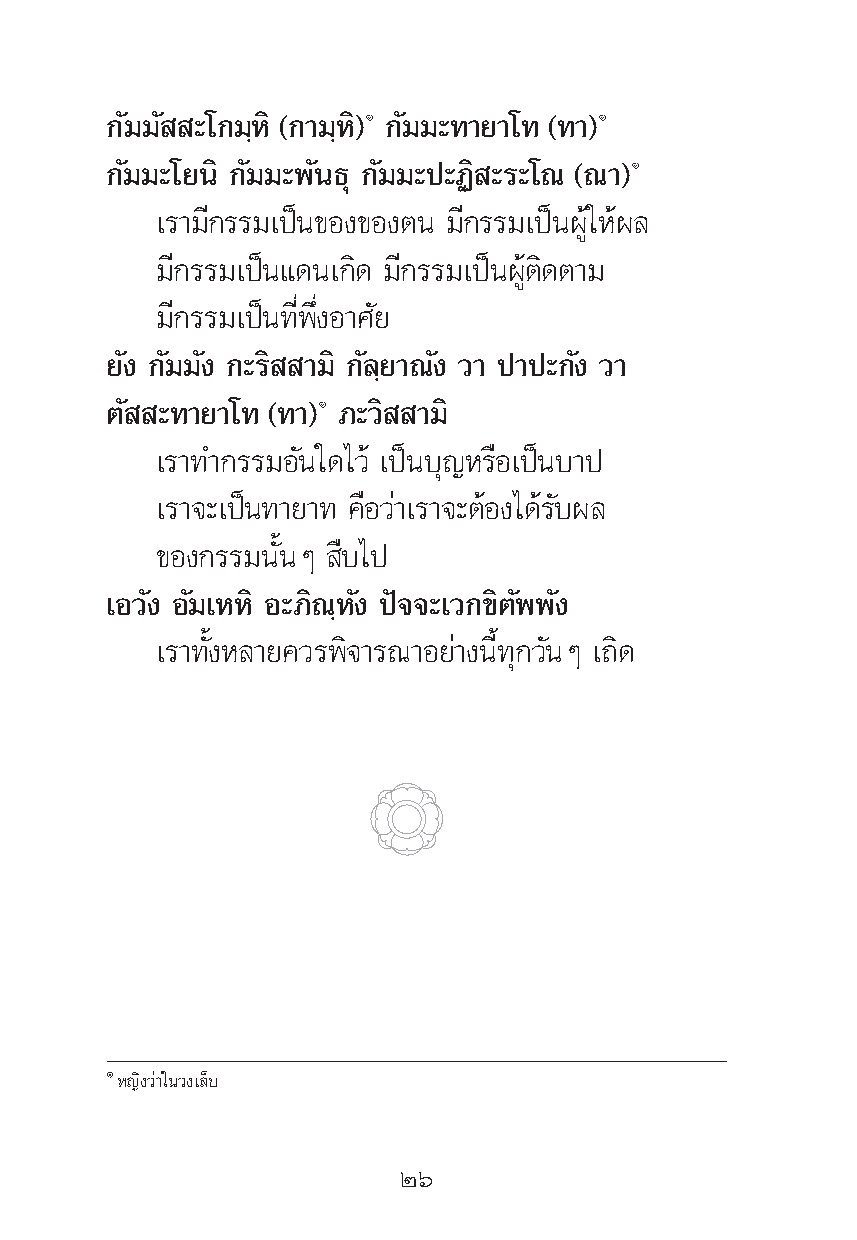
°—¡¡— –‚°¡⁄À‘ (°“¡⁄À‘)Ò °—¡¡–∑“¬“‚∑ (∑“)Ò
 °—¡¡–‚¬π‘ °—¡¡–æ—π∏ÿ °—¡¡–ª–Ø‘ –√–‚≥ (≥“)Ò
 ‡√“¡’°√√¡‡ªìπ¢Õß¢Õßμπ ¡’°√√¡‡ªìπºŸâ„Àâº≈
 ¡’°√√¡‡ªìπ·¥π‡°‘¥ ¡’°√√¡‡ªìπºŸâμ‘¥μ“¡
 ¡’°√√¡‡ªìπ∑’Ëæ÷ËßÕ“»—¬
 ¬—ß °—¡¡—ß °–√‘ “¡‘ °—≈⁄¬“≥—ß «“ ª“ª–°—ß «“
 μ— –∑“¬“‚∑ (∑“)Ò ¿–«‘ “¡‘
 ‡√“∑”°√√¡Õ—π„¥‰«â ‡ªìπ∫ÿ≠À√◊Õ‡ªìπ∫“ª
 ‡√“®–‡ªìπ∑“¬“∑ §◊Õ«à“‡√“®–μâÕß‰¥â√—∫º≈
 ¢Õß°√√¡π—ÈπÊ ◊∫‰ª
 ‡Õ«—ß Õ—¡‡ÀÀ‘ Õ–¿‘≥⁄À—ß ªí®®–‡«°¢‘μ—ææ—ß
 ‡√“∑—ÈßÀ≈“¬§«√æ‘®“√≥“Õ¬à“ßπ’È∑ÿ°«—πÊ ‡∂‘¥
 ÒÀ≠‘ß«à“„π«ß‡≈Á∫
 Úˆ